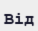
Від